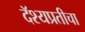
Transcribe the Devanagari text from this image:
दॅश्यप्रतीचा